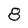
Character: 8